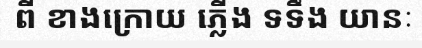
ពី ខាងក្រោយ ភ្លើង ទទឹង យានៈ